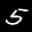
Label: 5